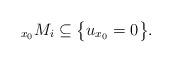
LaTeX: \begin{align*}_{x_0} M_i\subseteq \big\{ u_{x_0} = 0\big\}.\end{align*}